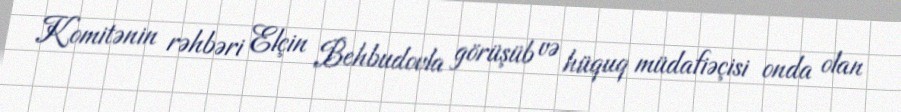
Komitənin rəhbəri Elçin Behbudovla görüşüb və hüquq müdafiəçisi onda olan